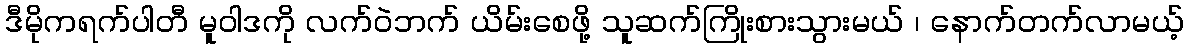
ဒီမိုကရက်ပါတီ မူဝါဒကို လက်ဝဲဘက် ယိမ်းစေဖို့ သူဆက်ကြိုးစားသွားမယ် ၊ နောက်တက်လာမယ့်